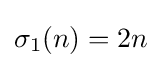
\sigma _{1}(n)=2n